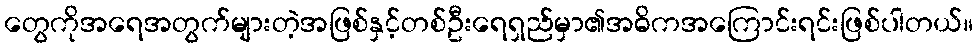
တွေကိုအရေအတွက်များတဲ့အဖြစ်နှင့်တစ်ဦးရေရှည်မှာ၏အဓိကအကြောင်းရင်းဖြစ်ပါတယ်။